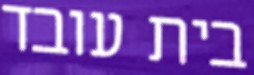
בית עובד